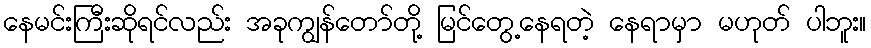
နေမင်းကြီးဆိုရင်လည်း အခုကျွန်တော်တို့ မြင်တွေ့နေရတဲ့ နေရာမှာ မဟုတ် ပါဘူး။